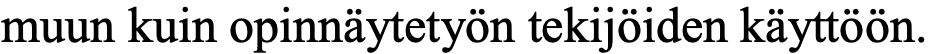
muun kuin opinnäytetyön tekijöiden käyttöön.